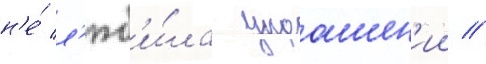
н'е́ л'юб'и́ла украшен'ии //